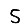
Digit: 5